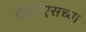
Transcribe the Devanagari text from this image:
टीसीएसच्या